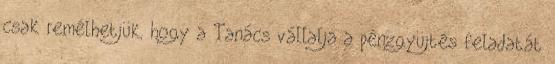
csak remélhetjük, hogy a Tanács vállalja a pénzgyüjtés feladatát